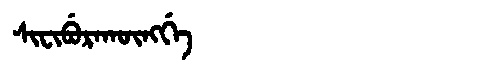
Manchu: ᠰᡳᠸᡳᠪᡠᡵᠠᡴᡡᠩᡤᡝ
Romanization: SIFIBURAKŪNGGE